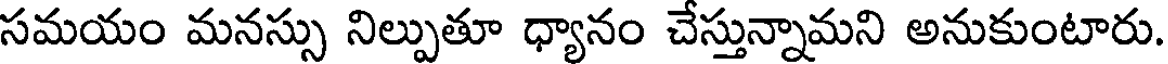
సమయం మనస్సు నిల్పుతూ ధ్యానం చేస్తున్నామని అనుకుంటారు.